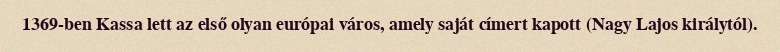
1369-ben Kassa lett az első olyan európai város, amely saját címert kapott (Nagy Lajos királytól).